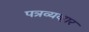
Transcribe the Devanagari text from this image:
पत्रव्यव्हार